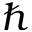
\hbar